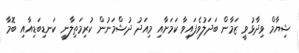
ޝިޔާމް ވިދާޅުވީ ޒަމާން ބަދަލުވެފައިވާ ކަމަށާއި މިއަދު ދުޝްމަނުން ކުރިމަތިލާނީ ކަނޑިބަޑިއާއި ބޮމާ